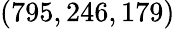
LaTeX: (795,246,179)